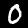
Label: 0